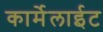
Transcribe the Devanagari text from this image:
कार्मेलाईट